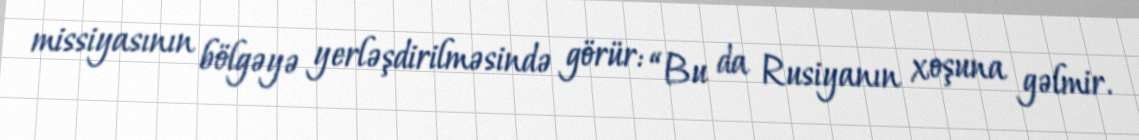
missiyasının bölgəyə yerləşdirilməsində görür: “Bu da Rusiyanın xoşuna gəlmir.